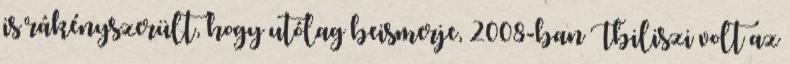
is rákényszerült, hogy utólag beismerje, 2008-ban Tbiliszi volt az